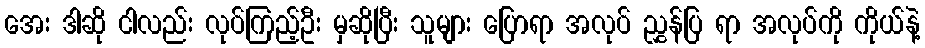
အေး ဒါဆို ငါလည်း လုပ်ကြည့်ဦး မှဆိုပြီး သူများ ပြောရာ အလုပ် ညွှန်ပြ ရာ အလုပ်ကို ကိုယ်နဲ့